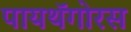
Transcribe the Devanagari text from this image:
पायथॅगोरस